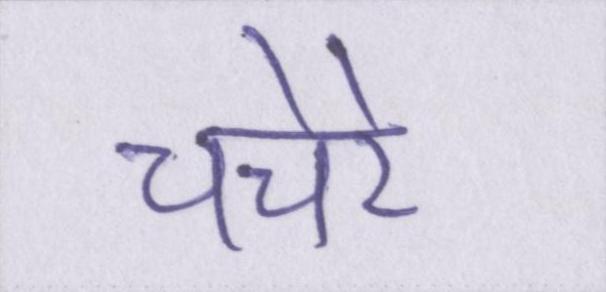
चचेरे